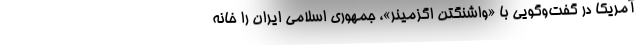
آمریکا در گفت‌وگویی با «واشنگتن اگزمینر»، جمهوری اسلامی ایران را خانه